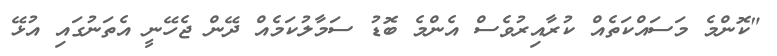
"ކޮންމެ މަސައްކަތެއް ކުރާއިރުވެސް އެންމެ ބޮޑު ސަމާލުކަމެއް ދޭން ޖެހޭނީ އެތަނުގައި އުޅޭ